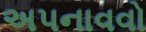
અપનાવવો